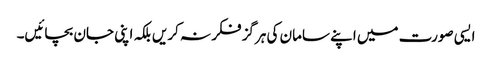
ایسی صورت میں اپنے سامان کی ہرگز فکر نہ کریں بلکہ اپنی جان بچائیں۔